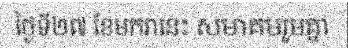
ថ្ងៃទី២៧ ខែមករានេះ សមាគមរួមគ្នា